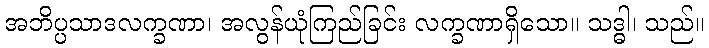
အဘိပ္ပသာဒလက္ခဏာ၊ အလွန်ယုံကြည်ခြင်း လက္ခဏာရှိသော။ သဒ္ဓါ၊ သည်။